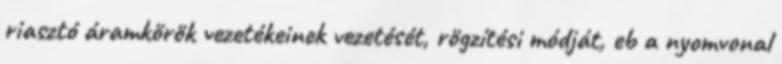
riasztó áramkörök vezetékeinek vezetését, rögzítési módját, eb a nyomvonal